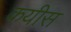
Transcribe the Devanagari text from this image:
कयीस